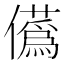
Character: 儰